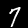
Digit: 7